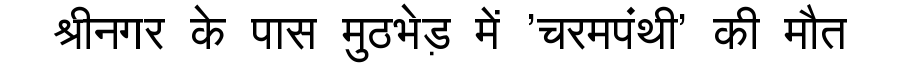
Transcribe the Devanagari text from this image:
श्रीनगर के पास मुठभेड़ में 'चरमपंथी' की मौत